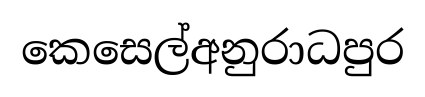
කෙසෙල්අනුරාධපුර